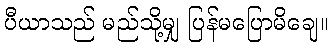
ပီယာသည် မည်သို့မျှ ပြန်မပြောမိချေ။